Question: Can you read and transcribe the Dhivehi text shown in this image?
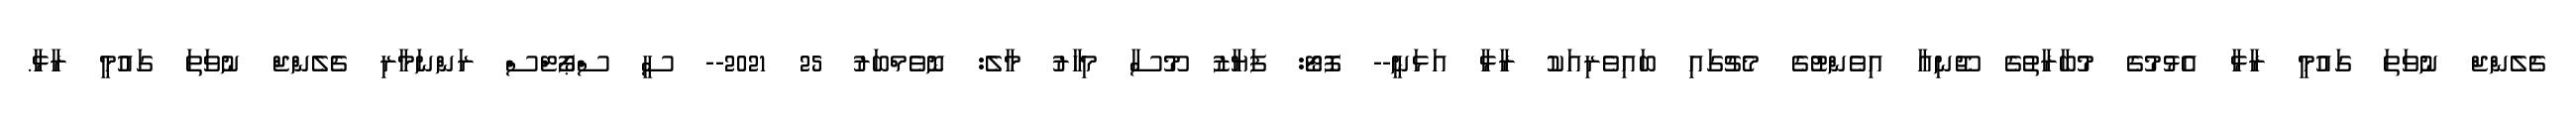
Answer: ޗެލެންޖް ނުވަތަ ގައުމީ ރާޅާ އެޅުމުގެ މުބާރާތުގެ ޖޫނިއާ އިވެންޓުގެ މެޗުގައި ބައިވެރިއަކު ރާޅާ އަޅަނީ-- ފޮޓޯ: ފަޔާޒު މޫސާ މިހާރު މާލެ: ނޮވެމްބަރު 25 2021-- ސީ ސްޕޯޓްސް ރަންނަމާރި ޗެލެންޖް ނުވަތަ ގައުމީ ރާޅާ.